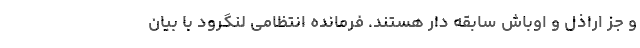
و جز اراذل و اوباش سابقه دار هستند. فرمانده انتظامی لنگرود با بیان